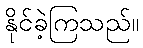
နိုင်ခဲ့ကြသည်။